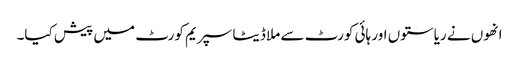
انھوں نے ریاستوں اور ہائی کورٹ سے ملا ڈیٹا سپریم کورٹ میں پیش کیا۔